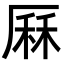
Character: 厤